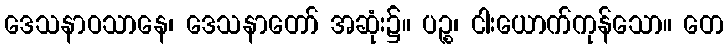
ဒေသနာဝသာနေ၊ ဒေသနာတော် အဆုံး၌။ ပဉ္စ၊ ငါးယောက်ကုန်သော။ တေ